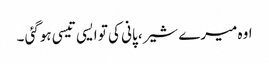
اوہ میرے شیر، پانی کی تو ایسی تیسی ہوگئی ۔